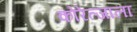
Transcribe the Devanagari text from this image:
कोरेत्जाला